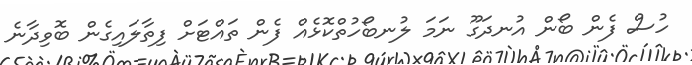
ހުސް ފެން ބޯން އުނދަގޫ ނަމަ ލުނބޯހުތްކޮޅެއް ފެން ތައްޓަށް ފިތާލައިގެން ބޮވިދާނެ